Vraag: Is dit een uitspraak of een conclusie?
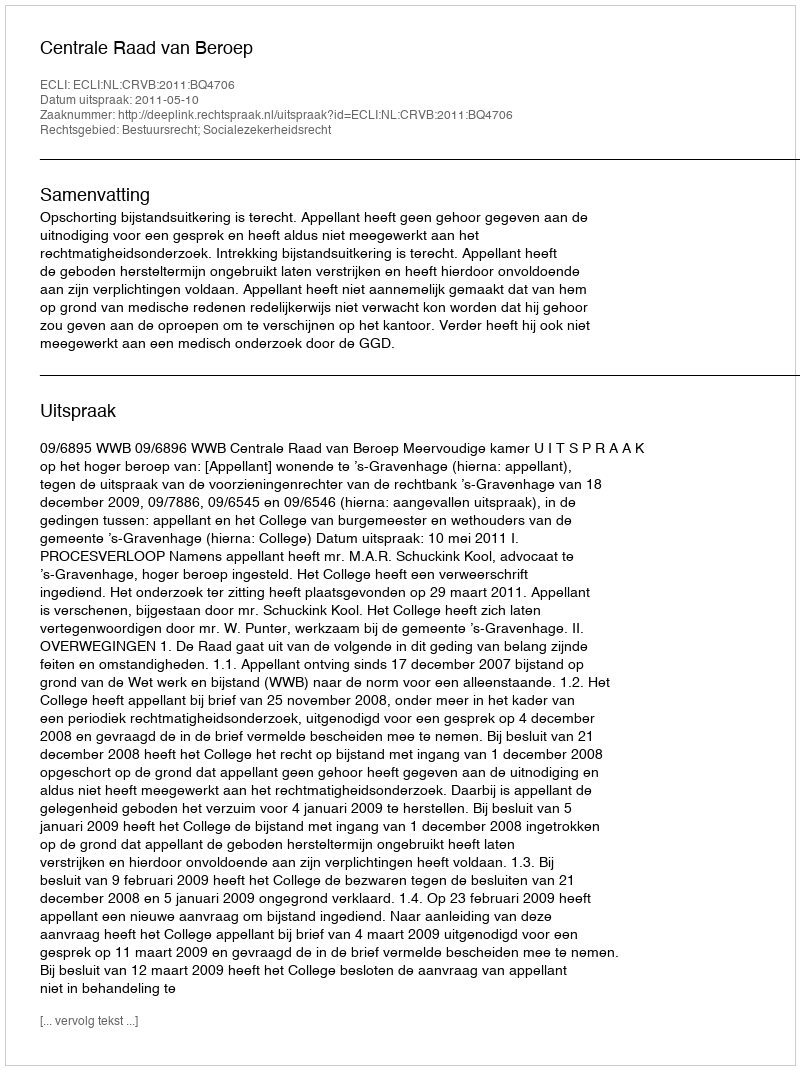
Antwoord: Uitspraak